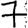
Digit: 7